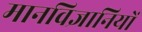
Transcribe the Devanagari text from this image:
मानविज्ञानियों